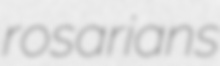
rosarians